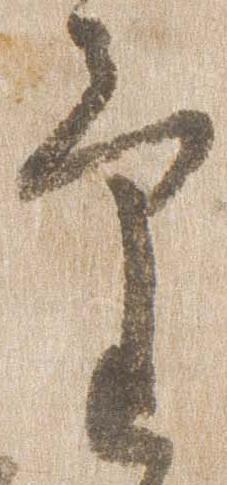
気